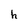
Character: h